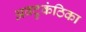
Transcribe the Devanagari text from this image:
अवटुकंठिका